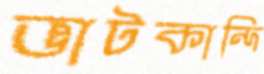
ভাটকান্দি